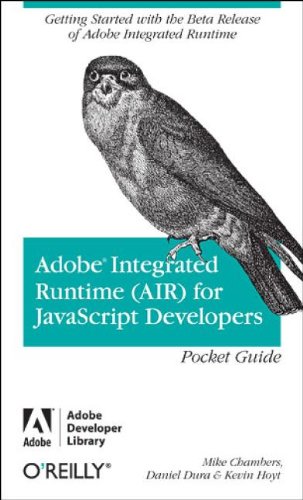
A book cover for Adobe Integrated Runtime (AIR) for JavaScript Developers Pocket Guide (Adobe Developer Library); Mike Chambers; Computers & Technology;